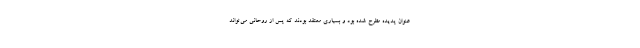
عنوان پدیده مطرح شده بود و بسیاری معتقد بودند که پس از روحانی می‌تواند